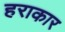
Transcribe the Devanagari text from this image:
हराकार